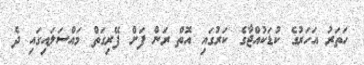
ހަތަރު އަހަރުގެ ކުޑަކުއްޖާގެ ކަރުގައި އޮތް ރަން ފަށް ފޭރިގަތް މައްސަލައިގައި ދެ